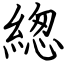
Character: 緫